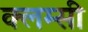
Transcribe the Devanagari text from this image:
क्लम्सी